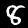
Digit: 8